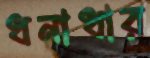
ধনাধার